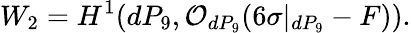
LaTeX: W_{2}=H^{1}(dP_{9},{\cal O}_{dP_{9}}(6\sigma|_{dP_{9}}-F)).